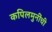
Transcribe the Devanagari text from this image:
कपिलमुनींची